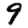
Digit: 9